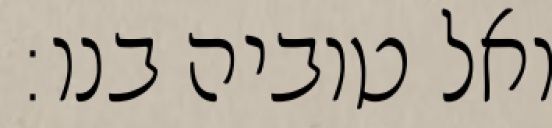
ואל טוביה בנו: